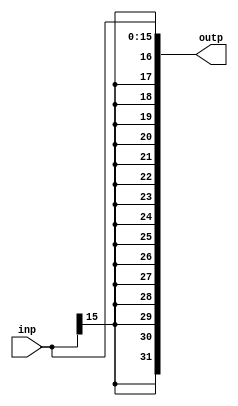
module SignExtender
                (
                    input wire [16-1:0]inp,
                    output reg [32-1:0]outp
                );

always@(*)
    begin
        outp = {{16{inp[16-1]}}, inp};
    end

endmodule